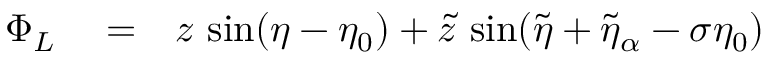
\begin{array} { r l r } { \Phi _ { L } } & { { } = } & { z \, \sin ( \eta - \eta _ { 0 } ) + \tilde { z } \, \sin ( \tilde { \eta } + \tilde { \eta } _ { \alpha } - \sigma \eta _ { 0 } ) } \end{array}